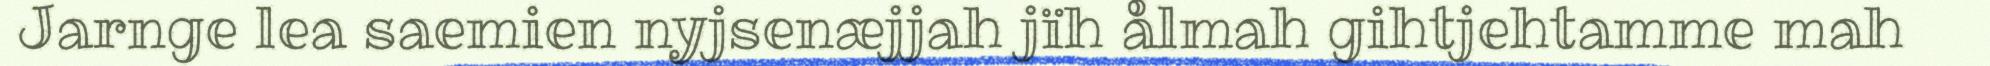
Jarnge lea saemien nyjsenæjjah jïh ålmah gihtjehtamme mah